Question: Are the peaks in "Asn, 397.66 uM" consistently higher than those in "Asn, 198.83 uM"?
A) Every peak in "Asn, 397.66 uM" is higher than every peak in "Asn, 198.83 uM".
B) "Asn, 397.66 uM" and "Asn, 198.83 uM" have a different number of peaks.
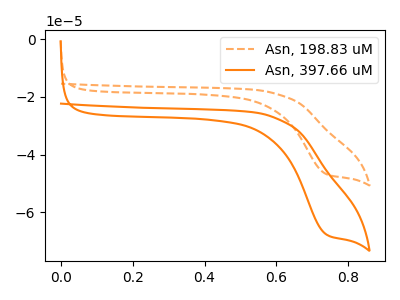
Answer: <think>The orange dashed curve "Asn, 198.83 uM" has a cathodic peak at: (0.75V, -46.75uA). The orange curve "Asn, 397.66 uM" has a cathodic peak at: (0.75V, -67.65uA).</think>
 <answer>A) Every peak in "Asn, 397.66 uM" is higher than every peak in "Asn, 198.83 uM".</answer>
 <eval>A</eval>